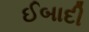
ઈબાદી